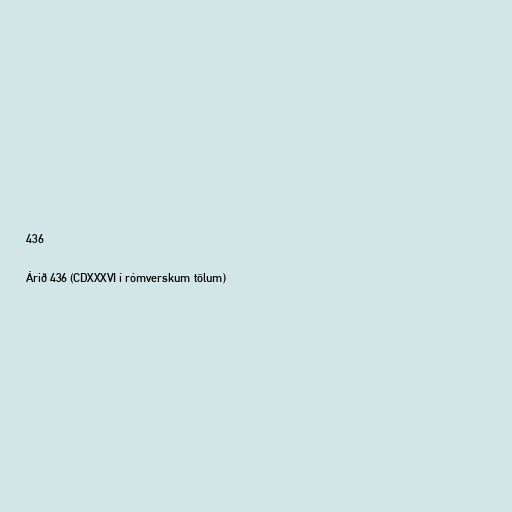
436

Árið 436 (CDXXXVI í rómverskum tölum)